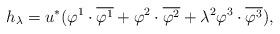
LaTeX: \begin{align*}h_\lambda=u^\ast(\varphi^1\cdot\overline{\varphi^1}+\varphi^2\cdot\overline{\varphi^2}+\lambda^2\varphi^3\cdot\overline{\varphi^3}),\end{align*}